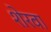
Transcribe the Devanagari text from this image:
शेरवा